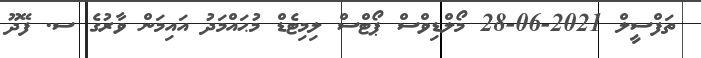
ތަފްސީލް 2021-06-28 މޯލްޑިވްސް ޕޯޓްސް ލިމިޓެޑް މުޙައްމަދު އައިމަން ވާރުގެ ސ. ފޭދޫ